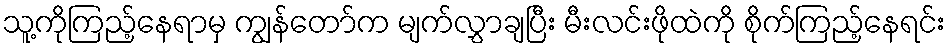
သူ့ကိုကြည့်နေရာမှ ကျွန်တော်က မျက်လွှာချပြီး မီးလင်းဖိုထဲကို စိုက်ကြည့်နေရင်း